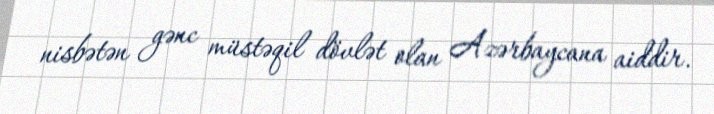
nisbətən gənc müstəqil dövlət olan Azərbaycana aiddir.